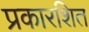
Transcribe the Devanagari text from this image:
प्रकारशित